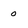
Character: 0